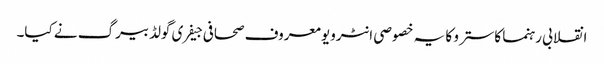
انقلابی رہنما کاسترو کا یہ خصوصی انٹرویو معروف صحافی جیفری گولڈبیرگ نے کیا۔